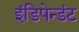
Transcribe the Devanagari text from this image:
इंडिपेन्डंट